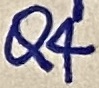
Text: 15